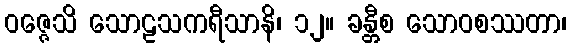
ဝဇ္ဇေသိ သောဠသကရီသာနိ၊ ၁၂။ ခန္တီစ သောဝစဿတာ၊